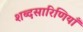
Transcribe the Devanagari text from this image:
शब्दसारिणियाँ